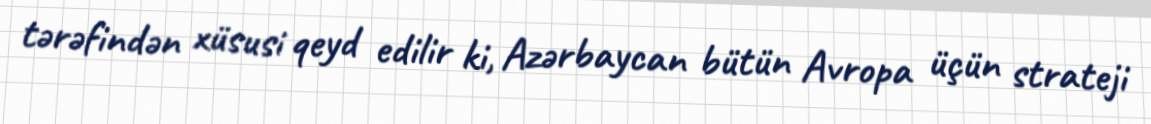
tərəfindən xüsusi qeyd edilir ki, Azərbaycan bütün Avropa üçün strateji